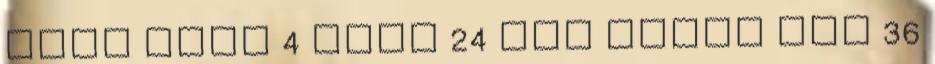
Több mint 4 órát 24 óra hírei Egy 36